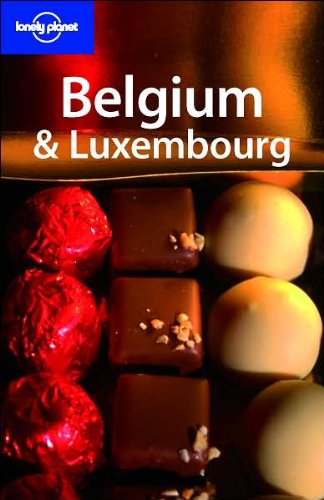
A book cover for Lonely Planet Belgium & Luxembourg; Gert Cole; Travel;